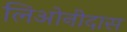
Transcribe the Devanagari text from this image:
लिओनीदास